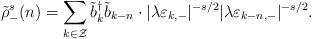
LaTeX: \begin{align*}\tilde{\rho}_{-}^s(n) = \sum_{k \in \cal Z}\tilde{b}_{k}^{\dagger} \tilde{b}_{k-n} \cdot|\lambda \varepsilon_{k,-}|^{-s/2} |\lambda \varepsilon_{k-n,-}|^{-s/2}.\end{align*}